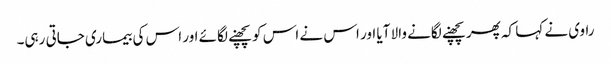
راوی نے کہا کہ پھر پچھنے لگانے والا آیا اور اس نے اس کو پچھنے لگائے اور اس کی بیماری جاتی رہی۔